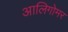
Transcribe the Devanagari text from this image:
आलिगोमर